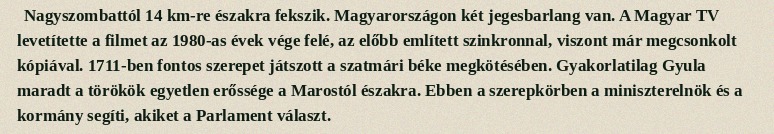
Nagyszombattól 14 km-re északra fekszik. Magyarországon két jegesbarlang van. A Magyar TV levetítette a filmet az 1980-as évek vége felé, az előbb említett szinkronnal, viszont már megcsonkolt kópiával. 1711-ben fontos szerepet játszott a szatmári béke megkötésében. Gyakorlatilag Gyula maradt a törökök egyetlen erőssége a Marostól északra. Ebben a szerepkörben a miniszterelnök és a kormány segíti, akiket a Parlament választ.